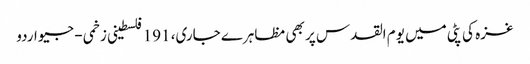
غزہ کی پٹی میں یوم القدس پر بھی مظاہرے جاری، 191 فلسطینی زخمی - جیو اردو